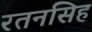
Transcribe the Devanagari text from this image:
रतनसिह